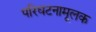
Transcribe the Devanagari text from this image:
परिघटनामूलक